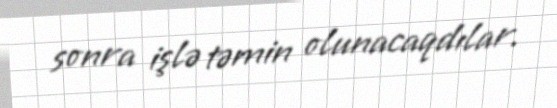
sonra işlə təmin olunacaqdılar.